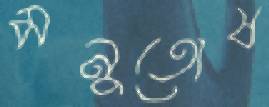
মনুতোষ